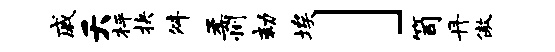
戚夭枰抉舛柔州劾埃」笥丹傲